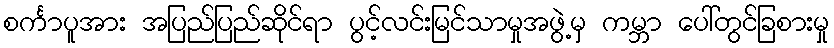
စင်္ကာပူအား အပြည်ပြည်ဆိုင်ရာ ပွင့်လင်းမြင်သာမှုအဖွဲ့မှ ကမ္ဘာ ပေါ်တွင်ခြစားမှု